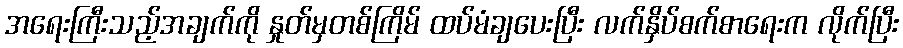
အရေးကြီးသည့်အချက်ကို နှုတ်မှတစ်ကြိမ် ထပ်မံချပေးပြီး လက်နှိပ်စက်စာရေးက လိုက်ပြီး